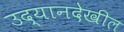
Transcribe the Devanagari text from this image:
उद्यानदेखील